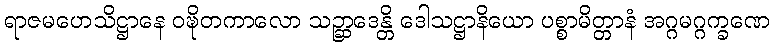
ရာဇမဟေသိဋ္ဌာနေ ဝဍ္ဎိတကာလော သဉ္ဆာဒေန္တိ ဒေါသဋ္ဌာနိယော ပစ္စာမိတ္တာနံ အဂ္ဂမဂ္ဂက္ခဏေ